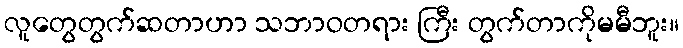
လူတွေတွက်ဆတာဟာ သဘာဝတရား ကြီး တွက်တာကိုမမီဘူး။